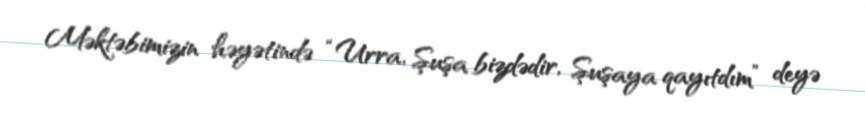
Məktəbimizin həyətində “Urra, Şuşa bizdədir, Şuşaya qayıtdım” deyə